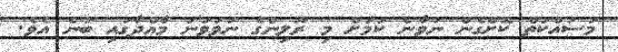
މަސައްކަތް ކޮށްގެން ނުވާނެ ކަމަށް މި ރޫލިންގެ ނުވަވަނަ މާއްދާގައި ބުނެ އެވެ.